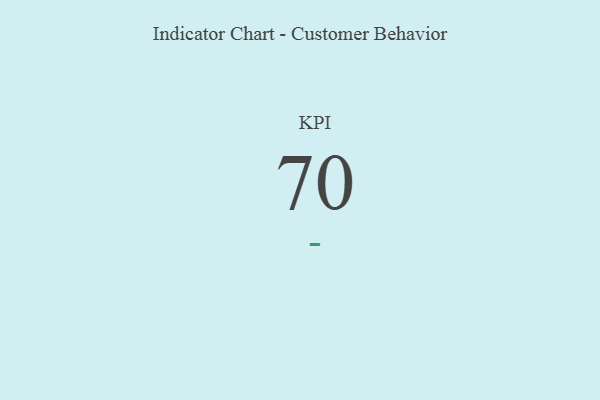
{"axis": {"x": "KPI", "y": "Value"}, "legend": [""], "data": [{"x": "KPI", "y": 70, "type": ""}]}